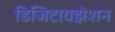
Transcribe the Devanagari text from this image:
डिजिटायझेशन